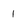
Character: I